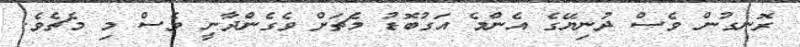
ރޮނގުން ވެސް ދުނިޔޭގެ އެންމެ އަގުބޮޑު މެޗަށް ވެގެންދާނީ ވެސް މި މެޗެވެ.